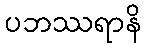
ပဘဿရာနိ